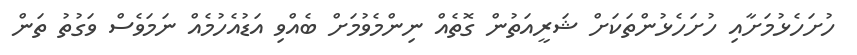
ހުށަހެޅުމަށާއި ހުށަހެޅުންތަކަށް ޝަރީއަތުން ގޮތެއް ނިންމެވުމަށް ބެއްވި އަޑުއެހުމެއް ނަމަވެސް ވަގުތު ތަން